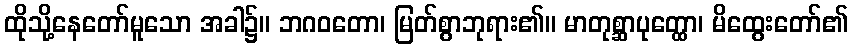
ထိုသို့နေတော်မူသော အခါ၌။ ဘဂဝတော၊ မြတ်စွာဘုရား၏။ မာတုစ္ဆာပုတ္ထော၊ မိထွေးတော်၏